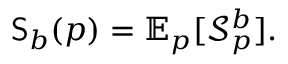
\mathsf { S } _ { b } ( p ) = \mathbb { E } _ { p } [ \mathcal { S } _ { p } ^ { b } ] .